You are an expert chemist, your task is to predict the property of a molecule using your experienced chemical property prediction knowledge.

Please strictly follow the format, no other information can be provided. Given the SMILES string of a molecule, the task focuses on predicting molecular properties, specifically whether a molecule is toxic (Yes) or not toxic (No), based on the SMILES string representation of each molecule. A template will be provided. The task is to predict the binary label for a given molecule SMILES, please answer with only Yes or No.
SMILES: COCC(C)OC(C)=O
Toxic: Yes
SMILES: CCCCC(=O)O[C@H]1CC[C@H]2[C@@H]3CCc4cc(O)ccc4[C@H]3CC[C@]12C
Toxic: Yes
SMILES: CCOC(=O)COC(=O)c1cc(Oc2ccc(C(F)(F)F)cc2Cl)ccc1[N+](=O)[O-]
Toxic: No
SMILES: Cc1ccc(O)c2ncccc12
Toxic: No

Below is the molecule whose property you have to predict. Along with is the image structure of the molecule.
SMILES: Clc1cc(Cl)cc(Cl)c1
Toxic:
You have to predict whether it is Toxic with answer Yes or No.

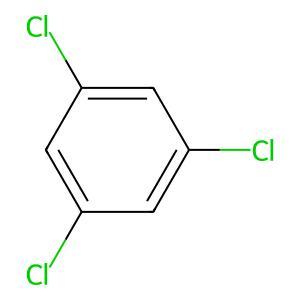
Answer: No